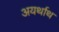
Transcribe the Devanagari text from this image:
अयर्थाथ